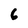
Character: 6